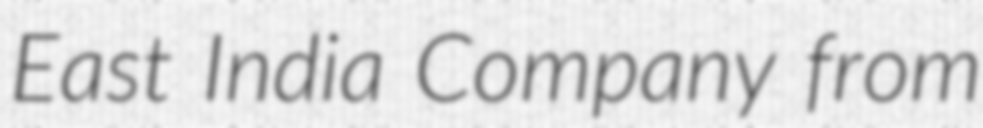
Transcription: East India Company from